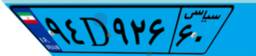
۹۴D۹۲۶۶۰